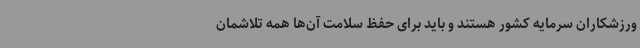
ورزشکاران سرمایه کشور هستند و باید برای حفظ سلامت آن‌ها همه تلاشمان